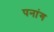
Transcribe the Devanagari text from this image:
पनांग